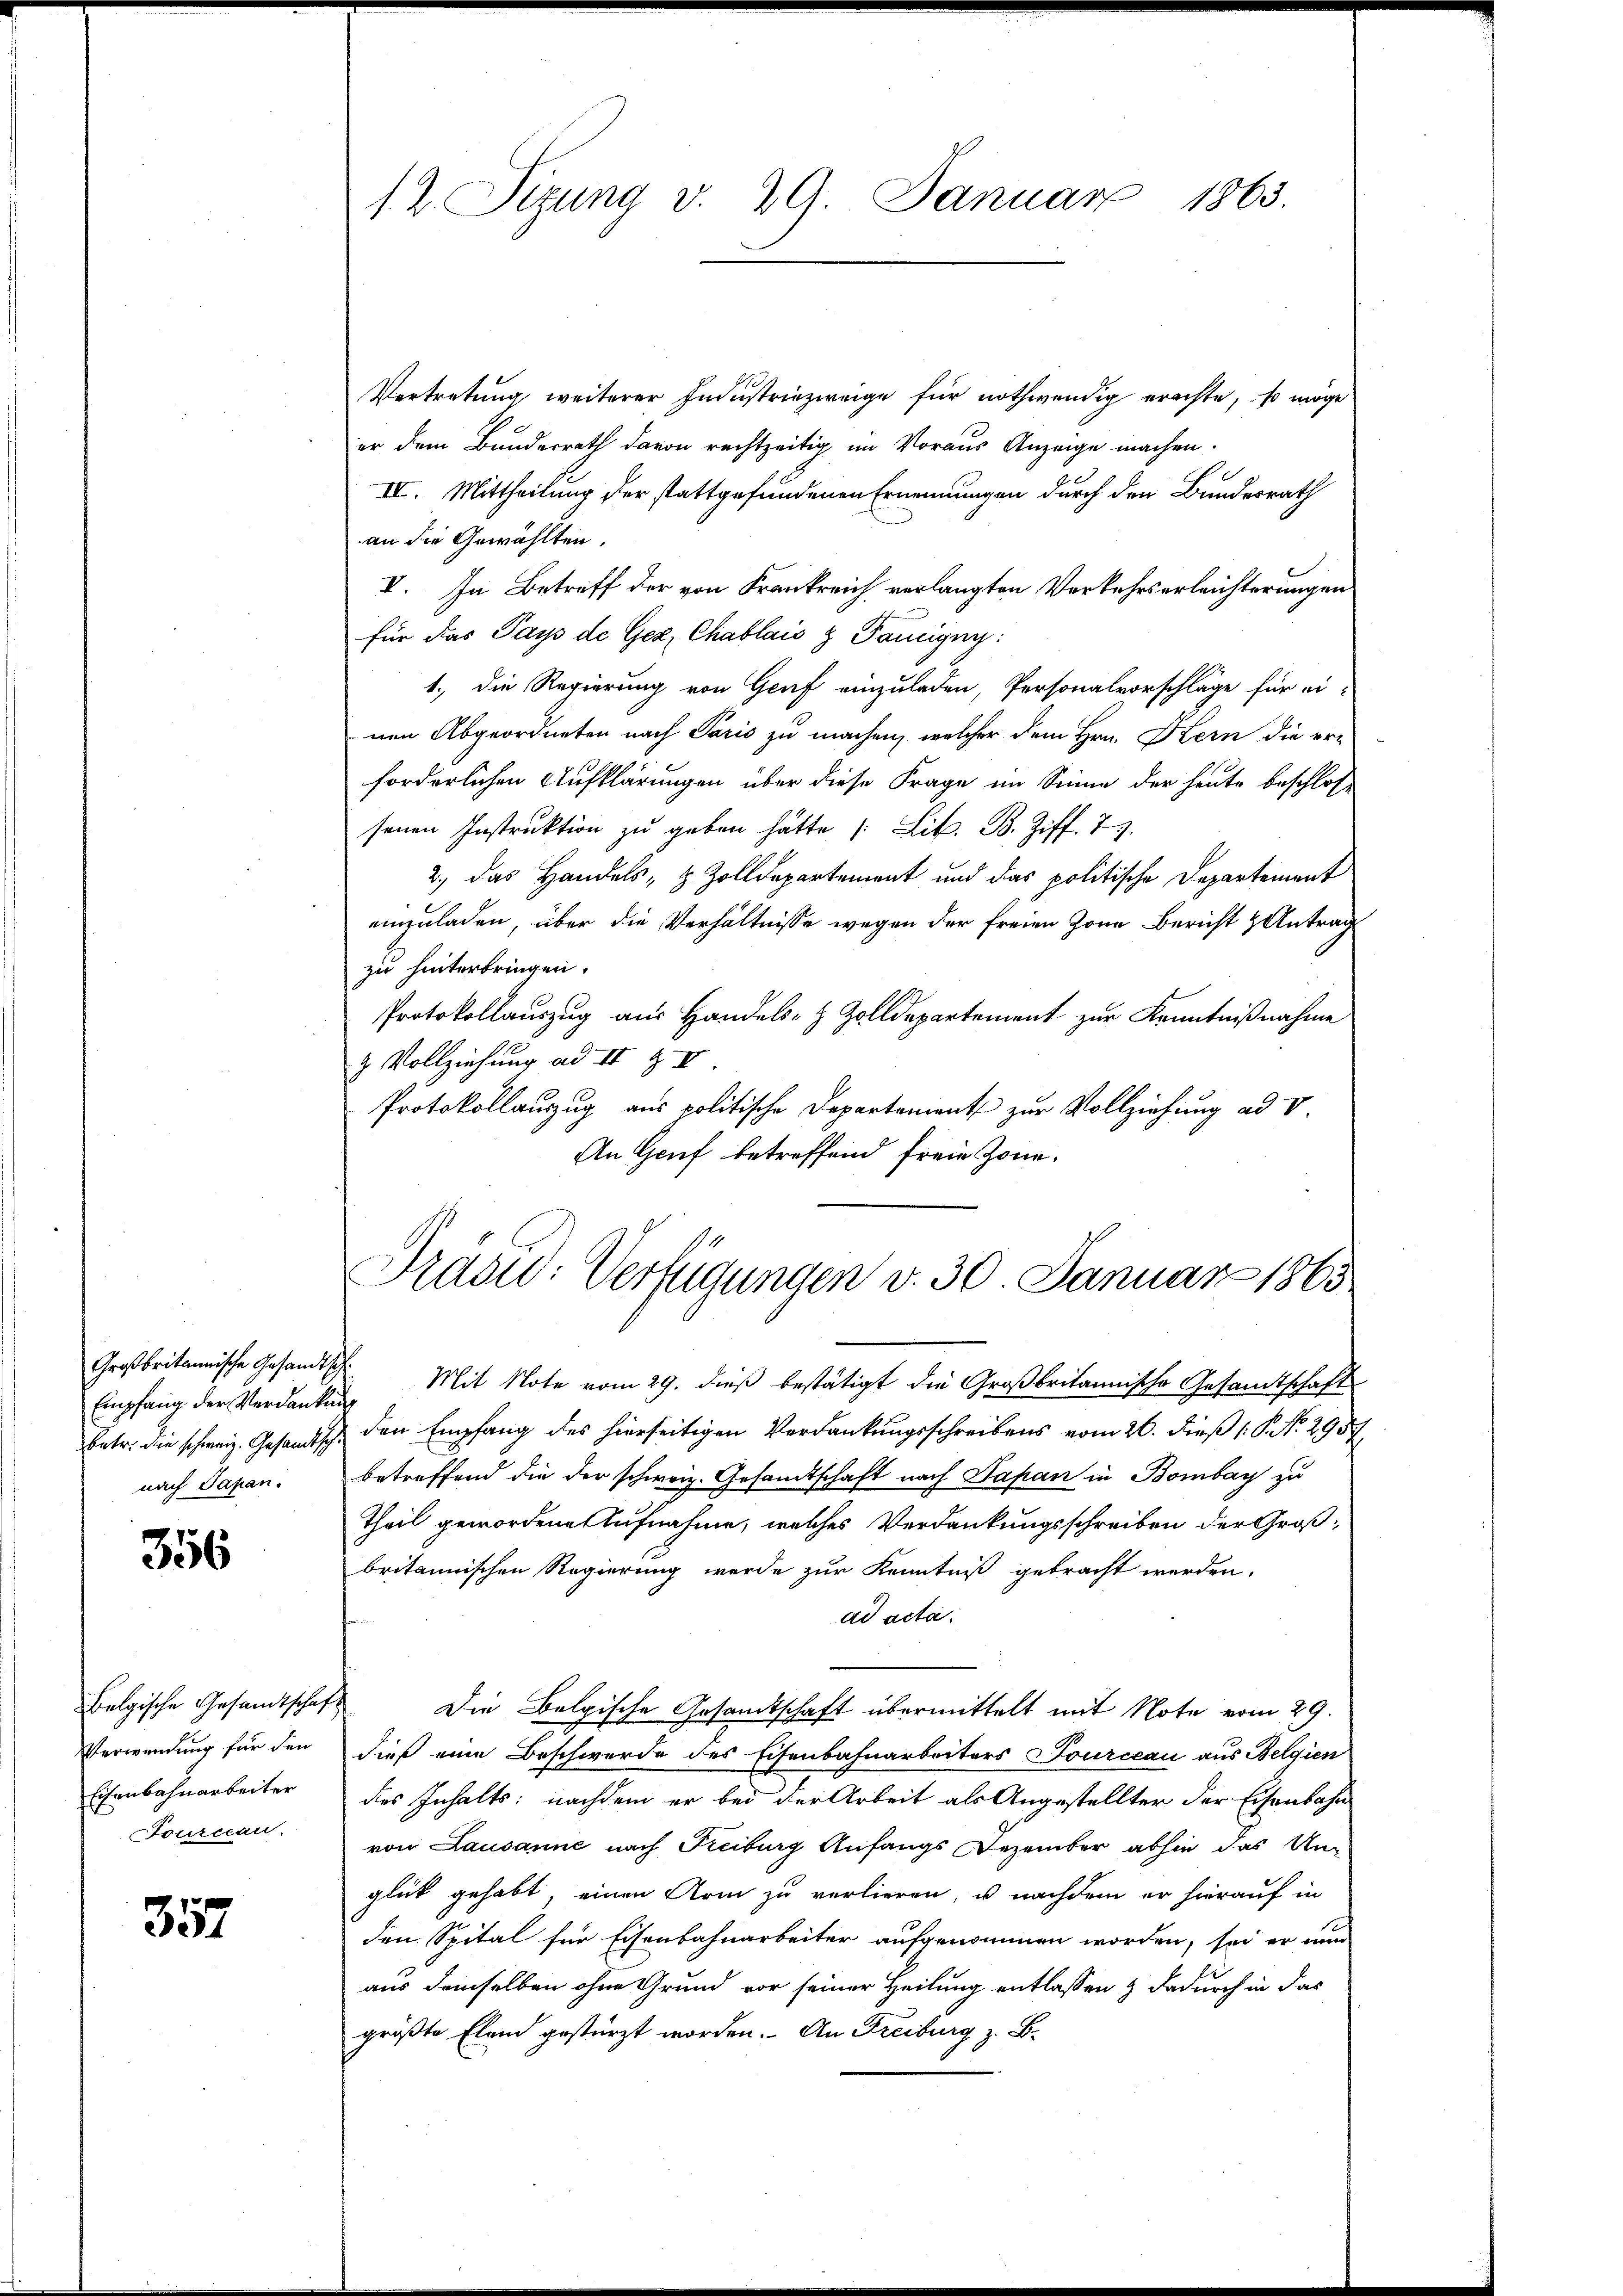
Großbritannische Gesandtsch.
nach Papan.

356

Verwendung für den
Eisenbahnarbeiter
Fourccan.

357

Vortretung weiterer Industriezweige für nothwendig erachte, so möge
er dem Bundesrath davon rechtzeitig im Voraus Anzeige machen.
IV. Mittheilung der stattgefundenen Ernennungen durch den Bundesrath
an die Gewählten.
V. In Betreff der von Frankreich verlangten Verkehrserleichterungen
für das Pays de Gex, Chablais & Fanigny:
1., die Regierung von Graf einzuladen, Personalvorschläge für ei-
nen Abgeordneten nach Paris zu machen, welcher dem Hrn. Kern die er-
forderlichen Aufklärungen über diese Frage im Sinne der heute beschlosse
senen Instruktion zu geben hätte / Lit. B. Ziff. 7.
2., das Handels, z. Zolldepartement und das politische Departement
einzuladen, über die Verhältnisse wegen der freien Zone Bericht & Antrag
zu hinterbringen.
Protokollauszug aus Handels- & Zolldepartement zur Kenntnißnahme
& Vollziehung ad II Z II
Protokollauszug aus politische Departement zur Vollziehung ad V.
An Genf betreffend freie Zone.

12. Sizung v. 29. Januar 1863.

Prasid: Verfügungen v. 30. Januar 1865

Empfang der Verdanken Mit Note vom 29. dieβ bestätigt die Großbritannische Gesamtschaft
betr. die schweiz. Gesandtsch den Empfang des hierseitigen Verdankŭngsschreibens vom 26. dieβ (: P. No. 2954.
betreffend die der schweiz. Gesandtschaft nach Papan in Bombay zu
Theil gewordene Aufnahme, welches Verdankungsschreiben der Großbritannischen Regierung wurde zur Kenntniß gebracht werden,
ad acta.
Belgische Gesandtschaft die Belgische Gesamtschaft übermittelt mit Note vom 29.
dieß eine Beschwerde des Eisenbahnarbeiters Tourceau aus Belgien
des Inhalts: nachdem er bei der Arbeit als Angestellter der Eisenbahn
von Lausanne nach Freiburg Anfangs Dezember abhin das Unglück gehabt, einen Arm zu verlieren, u nachdem er hierauf in
den Spital für Eisenbahnarbeiter aufgenommen worden, sei er nun
aus demselben ohne Grund vor seiner Heilung entlassen & dadurch in das
größte Elend gestürzt worden. An Freiburg z. B.